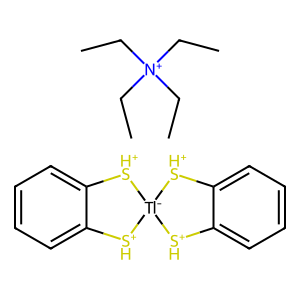
SMILES: CC[N+](CC)(CC)CC.c1ccc2c(c1)[SH+][Tl-]1([SH+]2)[SH+]c2ccccc2[SH+]1
Inhibits HIV replication: No